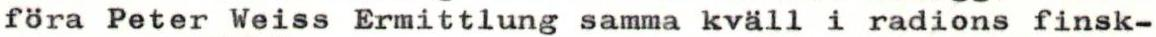
föra Peter Weiss Ermittlung samma kväll i radions finsk-